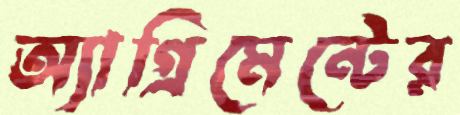
অ্যাগ্রিমেন্টের